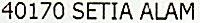
40170 SETIA ALAM